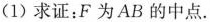
(1)求证：F为AB的中点。